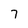
Character: 7